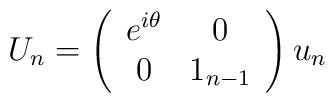
U_n  =  \left( \begin{array}{cc}                  e^{i \theta}   & 0 \\                       0         & 1_{n-1}                 \end{array} \right)  u_n